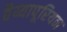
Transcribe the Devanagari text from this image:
वैय्यापूरियन